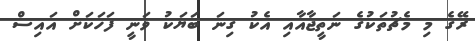
ރޭގެ މި މެޗުތަކުގެ ނަތީޖާއާއި އެކު ގިނަ ބަޔަކު ވަނީ ފަހަކަށް އައިސް